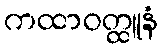
ကထာဝတ္ထူနံ